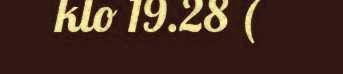
klo 19.28 (